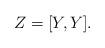
LaTeX: \begin{align*}Z = [Y,Y].\end{align*}